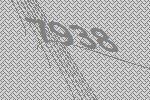
7938